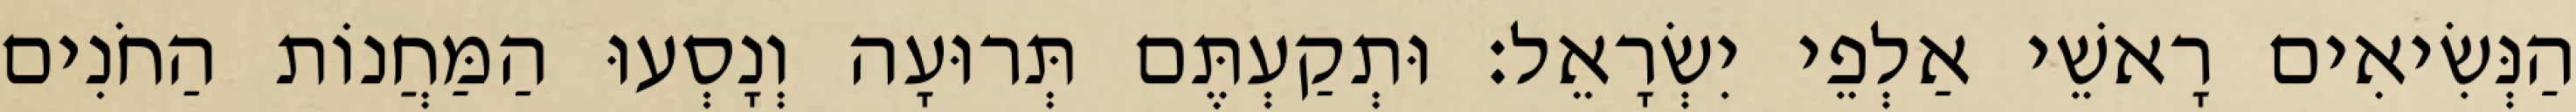
הַנְּשִׂיאִים רָאשֵׁי אַלְפֵי יִשְׂרָאֵל׃ וּתְקַעְתֶּם תְּרוּעָה וְנָסְעוּ הַמַּחֲנוֹת הַחֹנִים